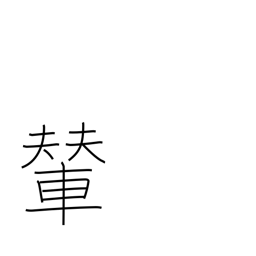
Meaning: palanquin